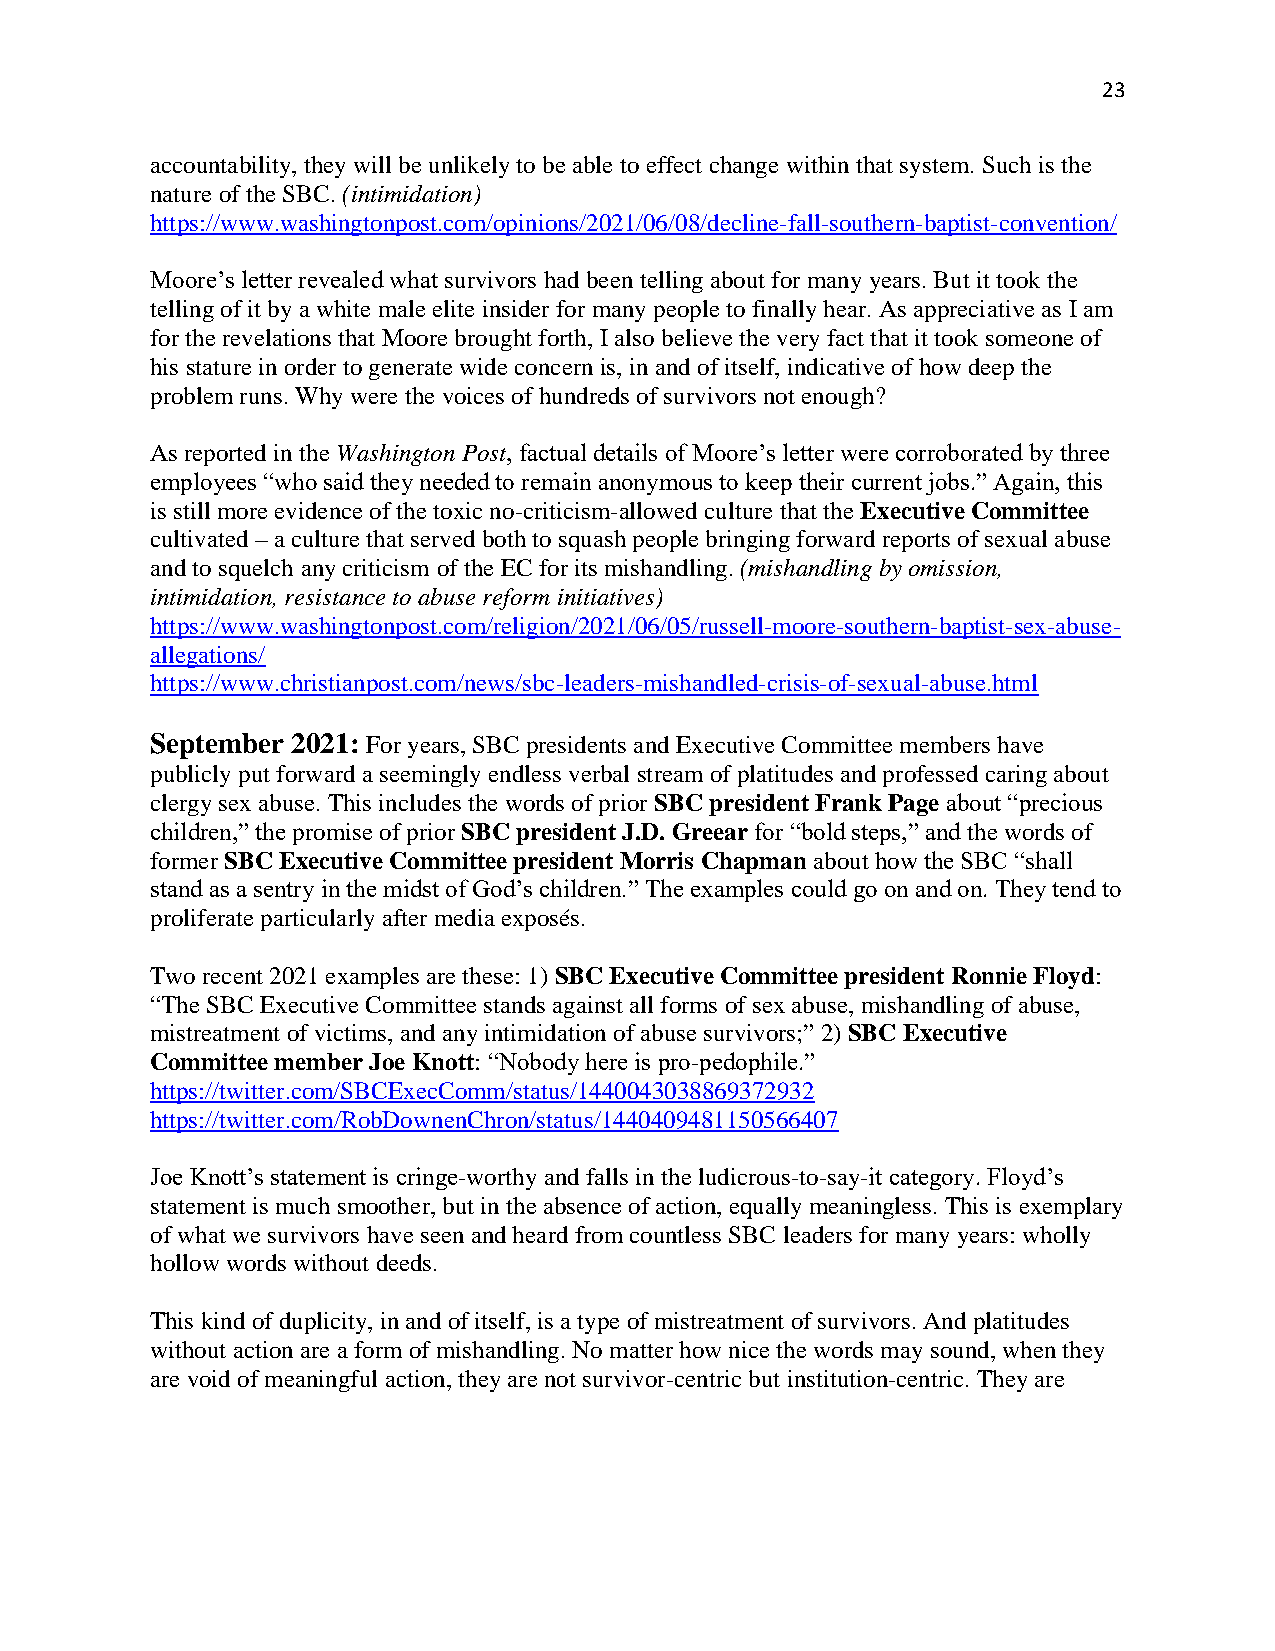
23
 accountability, they will be unlikely to be able to effect change within that system. Such is the
 nature of the SBC. (intimidation)
 https://www.washingtonpost.com/opinions/2021/06/08/decline-fall-southern-baptist-convention/
 Moore’s letter revealed what survivors had been telling about for many years. But it took the
 telling of it by a white male elite insider for many people to finally hear. As appreciative as I am
 for the revelations that Moore brought forth, I also believe the very fact that it took someone of
 his stature in order to generate wide concern is, in and of itself, indicative of how deep the
 problem runs. Why were the voices of hundreds of survivors not enough?
 As reported in the Washington Post, factual details of Moore’s letter were corroborated by three
 employees “who said they needed to remain anonymous to keep their current jobs.” Again, this
 is still more evidence of the toxic no-criticism-allowed culture that the Executive Committee
 cultivated – a culture that served both to squash people bringing forward reports of sexual abuse
 and to squelch any criticism of the EC for its mishandling. (mishandling by omission,
 intimidation, resistance to abuse reform initiatives)
 https://www.washingtonpost.com/religion/2021/06/05/russell-moore-southern-baptist-sex-abuse-
 allegations/
 https://www.christianpost.com/news/sbc-leaders-mishandled-crisis-of-sexual-abuse.html
 September 2021: For years, SBC presidents and Executive Committee members have
 publicly put forward a seemingly endless verbal stream of platitudes and professed caring about
 clergy sex abuse. This includes the words of prior SBC president Frank Page about “precious
 children,” the promise of prior SBC president J.D. Greear for “bold steps,” and the words of
 former SBC Executive Committee president Morris Chapman about how the SBC “shall
 stand as a sentry in the midst of God’s children.” The examples could go on and on. They tend to
 proliferate particularly after media exposés.
 Two recent 2021 examples are these: 1) SBC Executive Committee president Ronnie Floyd:
 “The SBC Executive Committee stands against all forms of sex abuse, mishandling of abuse,
 mistreatment of victims, and any intimidation of abuse survivors;” 2) SBC Executive
 Committee member Joe Knott: “Nobody here is pro-pedophile.”
 https://twitter.com/SBCExecComm/status/1440043038869372932
 https://twitter.com/RobDownenChron/status/1440409481150566407
 Joe Knott’s statement is cringe-worthy and falls in the ludicrous-to-say-it category. Floyd’s
 statement is much smoother, but in the absence of action, equally meaningless. This is exemplary
 of what we survivors have seen and heard from countless SBC leaders for many years: wholly
 hollow words without deeds.
 This kind of duplicity, in and of itself, is a type of mistreatment of survivors. And platitudes
 without action are a form of mishandling. No matter how nice the words may sound, when they
 are void of meaningful action, they are not survivor-centric but institution-centric. They are